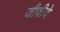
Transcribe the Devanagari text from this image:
जीवीचे